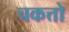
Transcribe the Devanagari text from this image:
चकत्तो